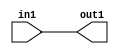
`timescale 1ps / 1ps

// Generated by Cadence Genus(TM) Synthesis Solution 17.11-s014_1
// Generated on: May  6 2021 00:28:36 CST (May  5 2021 16:28:36 UTC)

module SobelFilter_Add_5U_38_4(in1, out1);
  input [4:0] in1;
  output [4:0] out1;
  wire [4:0] in1;
  wire [4:0] out1;
  assign out1[0] = in1[0];
  assign out1[1] = in1[1];
  assign out1[2] = in1[2];
  assign out1[3] = in1[3];
  assign out1[4] = in1[4];
endmodule